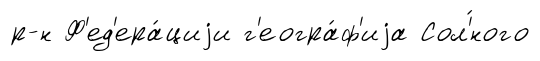
р-н Ф'ед'ера́циjи г'еогра́ф'иjа Сол'́ного